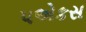
૫એકસ